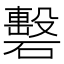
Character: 礊